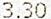
3.30